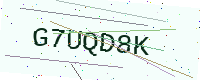
Text: G7UQD8K